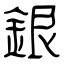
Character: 銀